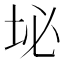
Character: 𪣊